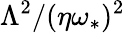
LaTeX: \Lambda^{2}/(\eta\omega_{\ast})^{2}